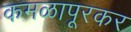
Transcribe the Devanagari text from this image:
कमळापूरकर